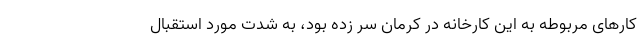
کارهای مربوطه به این کارخانه در کرمان سر زده بود، به شدت مورد استقبال